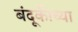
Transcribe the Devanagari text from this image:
बंदूकीच्या